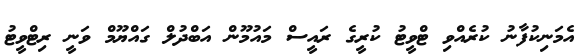
އެމަނިކުފާނު ކުރެއްވި ޓްވީޓު ކުރީގެ ރައީސް މައުމޫން އަބްދުލް ގައްޔޫމް ވަނީ ރިޓްވީޓު